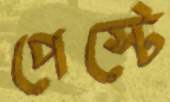
পেস্টে